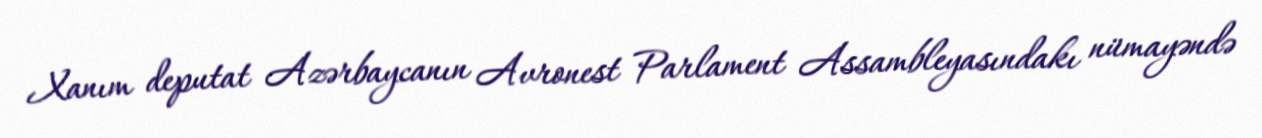
Xanım deputat Azərbaycanın Avronest Parlament Assambleyasındakı nümayəndə